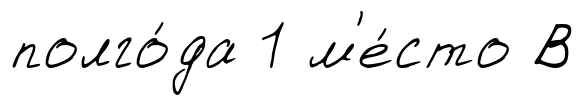
полго́да 1 м'е́сто В